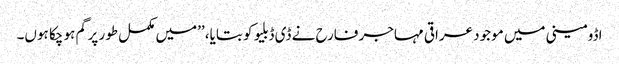
اڈومینی میں موجود عراقی مہاجر فارح نے ڈی ڈبلیو کو بتایا، ’’میں مکمل طور پر گم ہو چکا ہوں۔